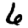
Digit: 6